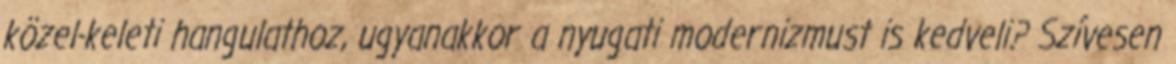
közel-keleti hangulathoz, ugyanakkor a nyugati modernizmust is kedveli? Szívesen